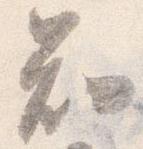
知